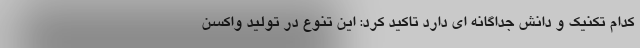
کدام تکنیک و دانش جداگانه ای دارد تاکید کرد: این تنوع در تولید واکسن